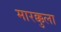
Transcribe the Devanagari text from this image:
मारक्कुला